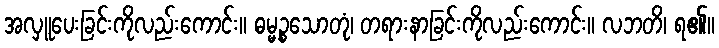
အလှူပေးခြင်းကိုလည်းကောင်း။ ဓမ္မဉ္စသောတုံ၊ တရားနာခြင်းကိုလည်းကောင်း။ လဘတိ၊ ရ၏။